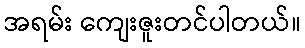
အရမ်း ကျေးဇူးတင်ပါတယ်။